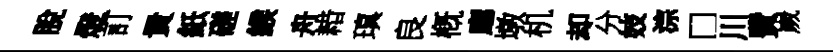
脫燈訂貴紙磋緱舟耤瑱良槪廳墩机却分妓淙□川費嵗